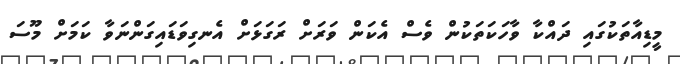
މީޑިއާތަކުގައި ދައްކާ ވާހަކަތަކުން ވެސް އެކަން ވަރަށް ރަގަޅަށް އެނގިވަޑައިގަންނަވާ ކަމަށް މޫސަ